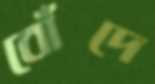
বোঁদে